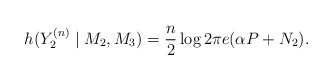
\begin{align*}h(Y_2^{(n)}\mid M_2,M_3)=\frac{n}{2}\log2\pi e(\alpha P+N_2).\end{align*}